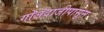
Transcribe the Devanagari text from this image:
गोलंदाजीपासून